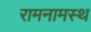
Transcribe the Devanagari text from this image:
रामनामस्थ